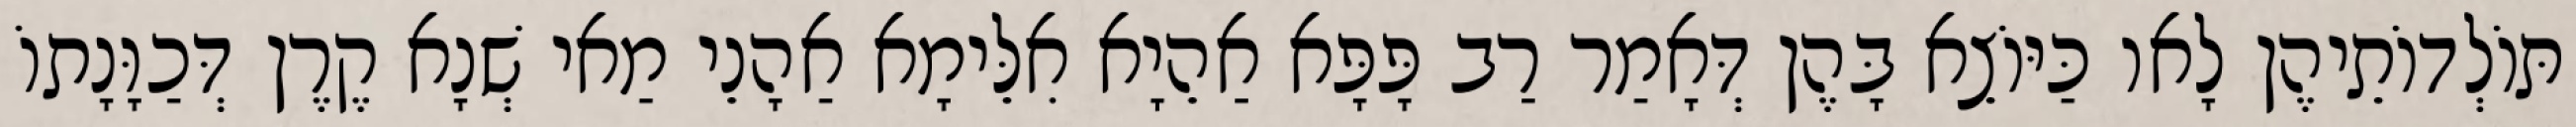
תּוֹלְדוֹתֵיהֶן לָאו כַּיּוֹצֵא בָּהֶן דְּאָמַר רַב פָּפָּא אַהֵיָא אִלֵּימָא אַהָנֵי מַאי שְׁנָא קֶרֶן דְּכַוָּנָתוֹ